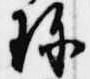
珍